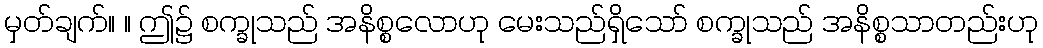
မှတ်ချက်။ ။ ဤ၌ စက္ခုသည် အနိစ္စလောဟု မေးသည်ရှိသော် စက္ခုသည် အနိစ္စသာတည်းဟု